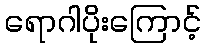
ရောဂါပိုးကြောင့်